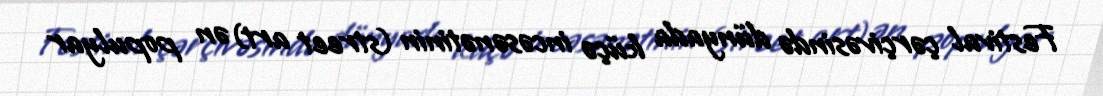
Festival çərçivəsində dünyada küçə incəsənətinin (street art) ən populyar